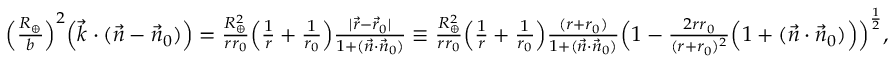
\begin{array} { r } { \Big ( \frac { R _ { \oplus } } { b } \Big ) ^ { 2 } \Big ( { \vec { k } } \cdot ( { \vec { n } } - { \vec { n } } _ { 0 } ) \Big ) = \frac { R _ { \oplus } ^ { 2 } } { r r _ { 0 } } \Big ( \frac { 1 } { r } + \frac { 1 } { r _ { 0 } } \Big ) \frac { | \vec { r } - \vec { r } _ { 0 } | } { 1 + ( \vec { n } \cdot \vec { n } _ { 0 } ) } \equiv \frac { R _ { \oplus } ^ { 2 } } { r r _ { 0 } } \Big ( \frac { 1 } { r } + \frac { 1 } { r _ { 0 } } \Big ) \frac { ( r + r _ { 0 } ) } { 1 + ( \vec { n } \cdot \vec { n } _ { 0 } ) } \Big ( 1 - \frac { 2 r r _ { 0 } } { ( r + r _ { 0 } ) ^ { 2 } } \Big ( 1 + ( \vec { n } \cdot \vec { n } _ { 0 } ) \Big ) \Big ) ^ { \frac { 1 } { 2 } } , ~ ~ } \end{array}